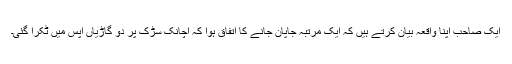
ایک صاحب اپنا واقعہ بیان کرتے ہیں کہ ایک مرتبہ جاپان جانے کا اتفاق ہوا کہ اچانک سڑک پر دو گاڑیاں آپس میں ٹکرا گئی۔